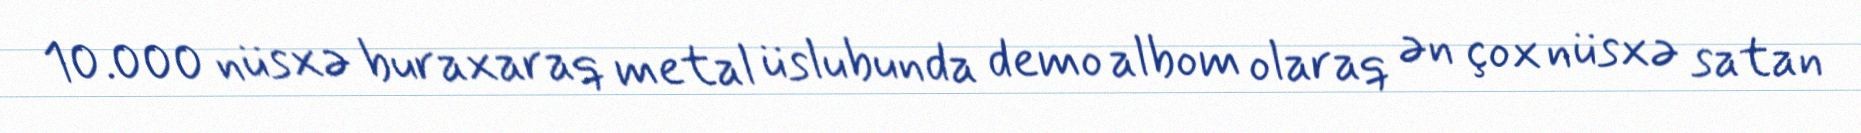
10.000 nüsxə buraxaraq metal üslubunda demo albom olaraq ən çox nüsxə satan